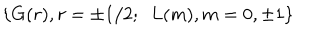
LaTeX: \{ G ( r ) , r = \pm 1 / 2 ; \, \, \, L ( m ) , m = 0 , \pm 1 \}